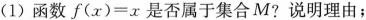
(1)函数$$f ( x ) = x$$是否属于集合M?说明理由；